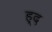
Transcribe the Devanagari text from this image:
ह्द